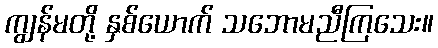
ကျွန်မတို့ နှစ်ယောက် သဘောမညီကြသေး။